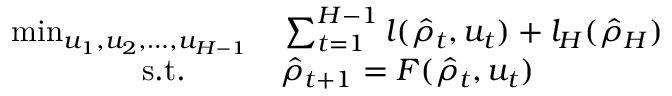
\begin{array} { r l } { \operatorname* { m i n } _ { u _ { 1 } , u _ { 2 } , \dots , u _ { H - 1 } } } & { { } \sum _ { t = 1 } ^ { H - 1 } l ( \hat { \rho } _ { t } , u _ { t } ) + l _ { H } ( \hat { \rho } _ { H } ) } \\ { \mathrm { s . t . } \qquad } & { { } \hat { \rho } _ { t + 1 } = F ( \hat { \rho } _ { t } , u _ { t } ) } \end{array}